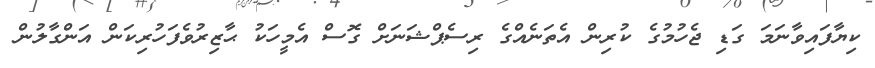
ކިޔާފައިވާނަމަ ގަޑި ޖެހުމުގެ ކުރިން އެތަނެއްގެ ރިސެޕްޝަނަށް ގޮސް އެމީހަކު ޙާޒިރުވެފަހުރިކަން އަންގާލުން